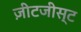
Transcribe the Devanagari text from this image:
ज़ीटजीस्ट